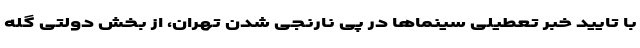
با تایید خبر تعطیلی سینماها در پی نارنجی شدن تهران، از بخش دولتی گله